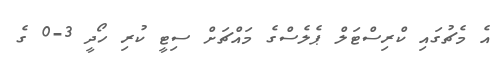
އެ މެޗުގައި ކްރިސްޓަލް ޕެލެސްގެ މައްޗަށް ސިޓީ ކުރި ހޯދީ 3-0 ގެ